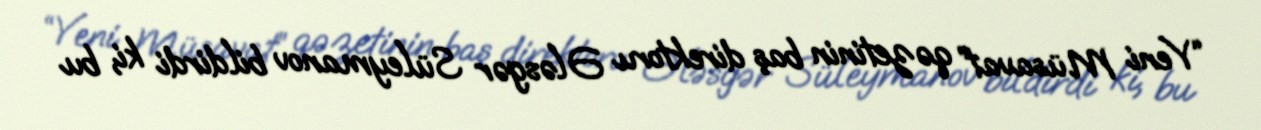
“Yeni Müsavat” qəzetinin baş direktoru Ələsgər Süleymanov bildirdi ki, bu